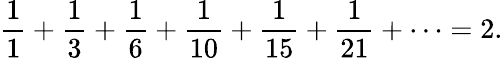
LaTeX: {\frac{1}{1}}+{\frac{1}{3}}+{\frac{1}{6}}+{\frac{1}{10}}+{\frac{1}{15}}+{\frac{1}{21}}+\cdots=2.